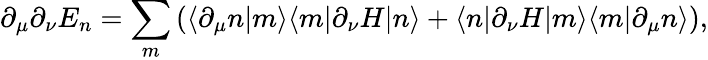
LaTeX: \partial_{\mu}\partial_{\nu}E_{n}=\sum_{m}\left(\langle\partial_{\mu}n|m\rangle\langle m|\partial_{\nu}H|n\rangle+\langle n|\partial_{\nu}H|m\rangle\langle m|\partial_{\mu}n\rangle\right),